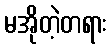
မအိုတဲ့တရား